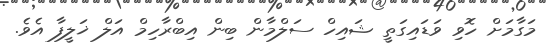
މަގާމަށް ހޮވި ވަޑައިގަތީ ޝައިހް ސަލްމާން ބިން އިބްރާހިމް އަލް ޚަލީފާ އެވެ.